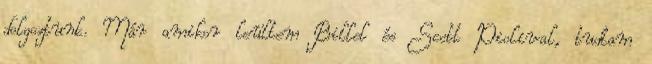
dolgoztunk. Már amikor leültem Billel és Scott Piolival, tudtam